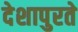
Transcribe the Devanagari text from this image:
देशापुरते